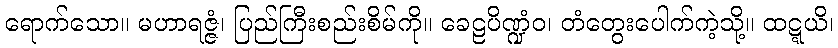
ရောက်သော။ မဟာရဇ္ဇံ၊ ပြည်ကြီးစည်းစိမ်ကို။ ခေဠပိဏ္ဍံဝ၊ တံတွေးပေါက်ကဲ့သို့။ ထဋ္ဋယိ၊